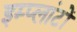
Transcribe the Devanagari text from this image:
इम्प्लांटों